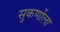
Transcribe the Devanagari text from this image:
सुकर्णोला